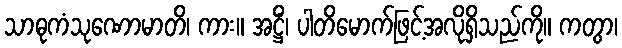
သာဓုကံသုဏောမာတိ၊ ကား။ အဋ္ဌိံ၊ ပါတိမောက်ဖြင့်အလိုရှိသည်ကို။ ကတွာ၊